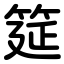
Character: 筵